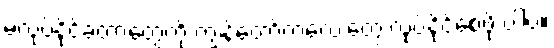
မလုပ်နိုင်ခဲ့တာတွေကို ကျွန်တော့်ကလေးတွေ လုပ်နိုင်စေဖို့ ပါပဲ။